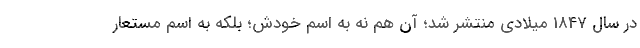
در سال 1847 میلادی منتشر شد؛ آن هم نه به اسم خودش؛ بلکه به اسم مستعار